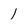
Character: 1